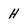
Character: H